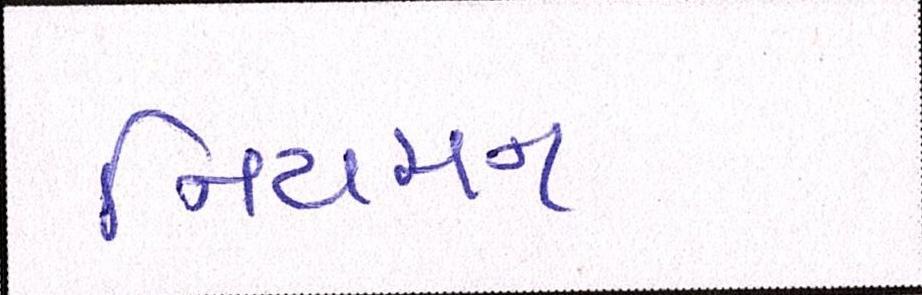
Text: નિયમન